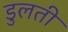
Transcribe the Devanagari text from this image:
डुलती